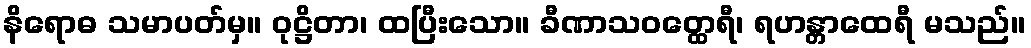
နိရောဓ သမာပတ်မှ။ ဝုဋ္ဌိတာ၊ ထပြီးသော။ ခီဏာသဝတ္ထေရီ၊ ရဟန္တာထေရီ မသည်။